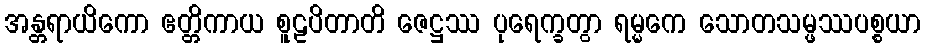
အန္တရာယိကော ဧတ္တိကာယ စူဠပိတာတိ ဇေဋ္ဌဿ ပုရေက္ခတွာ ရမ္မကေ သောတသမ္ဖဿပစ္စယာ